Indian journal of veterinary science and animal husbandry - Volumes 26-27, 1956-1957
Year: 1956
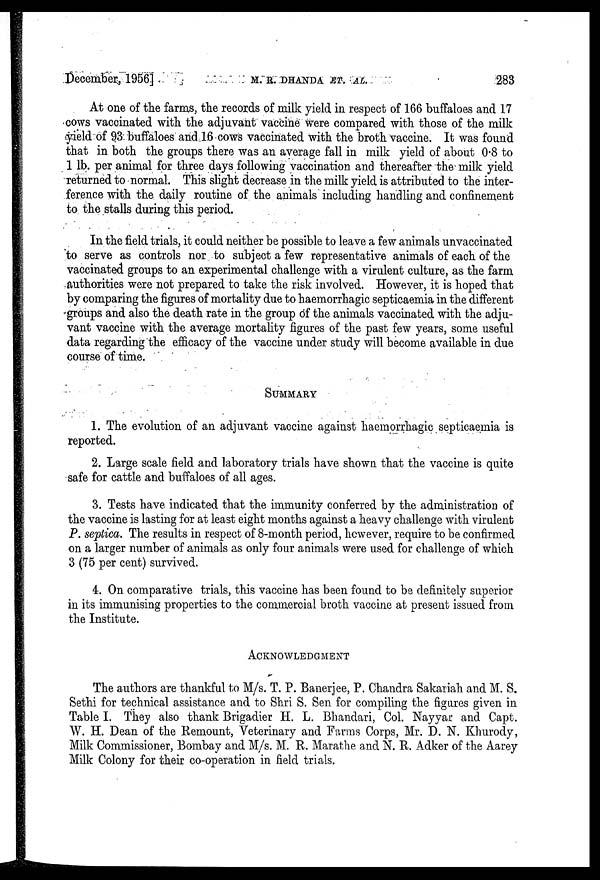
December, 1956]
M.
R.
DHANDA
ET.
AL.
283
At one of the farms, the records of milk yield in respect of 166 buffaloes and 17
cows vaccinated with the adjuvant vaccine were compared with those of the milk
yield of 93 buffaloes and 16 cows vaccinated with the broth vaccine. It was found
that in both the groups there was an average fall in milk yield of about 0.8 to
1 lb. per animal for three days following vaccination and thereafter the milk yield
returned to normal. This slight decrease in the milk yield is attributed to the inter-
ference with the daily routine of the animals including handling and confinement
to the stalls during this period.
In the field trials, it could neither be possible to leave a few animals unvaccinated
to serve as controls nor to subject a few representative animals of each of the
vaccinated groups to an experimental challenge with a virulent culture, as the farm
authorities were not prepared to take the risk involved. However, it is hoped that
by comparing the figures of mortality due to haemorrhagic septicaemia in the different
groups and also the death rate in the group of the animals vaccinated with the adju-
vant vaccine with the average mortality figures of the past few years, some useful
data regarding the efficacy of the vaccine under study will become available in due
course of time.
SUMMARY
1. The evolution of an adjuvant vaccine against haemorrhagic septicaemia is
reported.
2. Large scale field and laboratory trials have shown that the vaccine is quite
safe for cattle and buffaloes of all ages.
3. Tests have indicated that the immunity conferred by the administration of
the vaccine is lasting for at least eight months against a heavy challenge with virulent
P. septica. The results in respect of 8-month period, however, require to be confirmed
on a larger number of animals as only four animals were used for challenge of which
3 (75 per cent) survived.
4. On comparative trials, this vaccine has been found to be definitely superior
in its immunising properties to the commercial broth vaccine at present issued from
the Institute.
ACKNOWLEDGMENT
The authors are thankful to M/s. T. P. Banerjee, P. Chandra Sakariah and M. S.
Sethi for technical assistance and to Shri S. Sen for compiling the figures given in
Table I. They also thank Brigadier H. L. Bhandari, Col. Nayyar and Capt.
W. H. Dean of the Remount, Veterinary and Farms Corps, Mr. D. N. Khurody,
Milk Commissioner, Bombay and M/s. M. R. Marathe and N. R. Adker of the Aarey
Milk Colony for their co-operation in field trials.